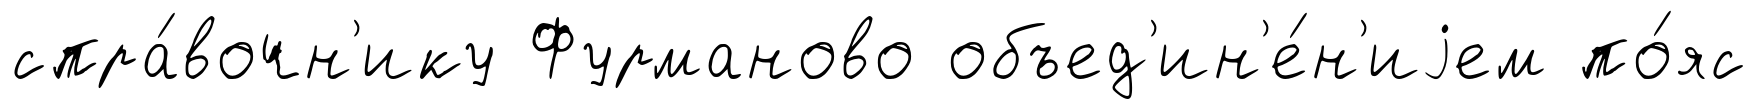
спра́вочн'ику Фурманово объед'ин'е́н'иjем по́яс